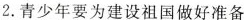
2.青少年要为建设祖国做好准备